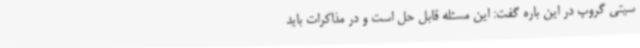
سیتی گروپ در این باره گفت: این مسئله قابل حل است و در مذاکرات باید